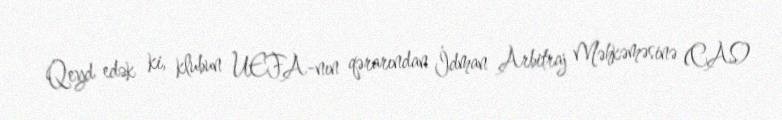
Qeyd edək ki, klubun UEFA-nın qərarından İdman Arbitraj Məhkəməsinə (CAS)